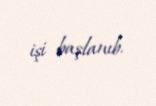
işi başlanıb.